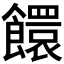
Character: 𩟁